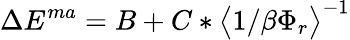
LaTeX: \Delta E^{ma}=B+C*\big<1/\beta\Phi_{r}\big>^{-1}